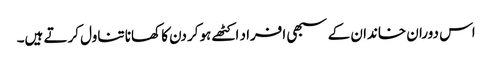
اس دوران خاندان کے سبھی افراد اکٹھے ہوکر دن کا کھانا تناول کرتے ہیں۔